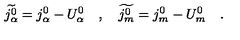
\widetilde { j _ { \alpha } ^ { 0 } } = j _ { \alpha } ^ { 0 } - U _ { \alpha } ^ { 0 } \quad , \quad \widetilde { j _ { m } ^ { 0 } } = j _ { m } ^ { 0 } - U _ { m } ^ { 0 } \quad .